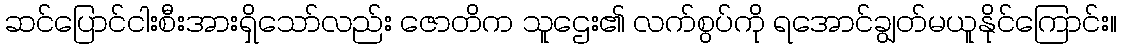
ဆင်ပြောင်ငါးစီးအားရှိသော်လည်း ဇောတိက သူဌေး၏ လက်စွပ်ကို ရအောင်ချွတ်မယူနိုင်ကြောင်း။